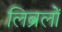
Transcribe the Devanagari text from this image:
लिब्रलों